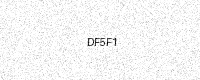
Text: DF5F1